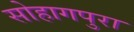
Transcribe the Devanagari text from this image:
सोहागपुरा